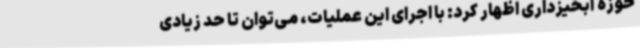
حوزه آبخیزداری اظهار کرد: با اجرای این عملیات، می‌توان تا حد زیادی